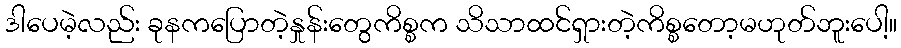
ဒါပေမဲ့လည်း ခုနကပြောတဲ့နှုန်းတွေကိစ္စက သိသာထင်ရှားတဲ့ကိစ္စတော့မဟုတ်ဘူးပေါ့။